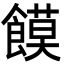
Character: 饃